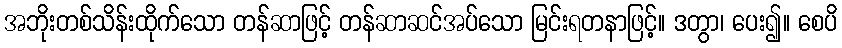
အဘိုးတစ်သိန်းထိုက်သော တန်ဆာဖြင့် တန်ဆာဆင်အပ်သော မြင်းရတနာဖြင့်။ ဒတွာ၊ ပေး၍။ စေပိ